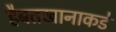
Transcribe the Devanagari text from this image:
हैबतखानाकडे